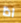
اذا